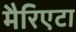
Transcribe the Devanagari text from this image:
मैरिएटा